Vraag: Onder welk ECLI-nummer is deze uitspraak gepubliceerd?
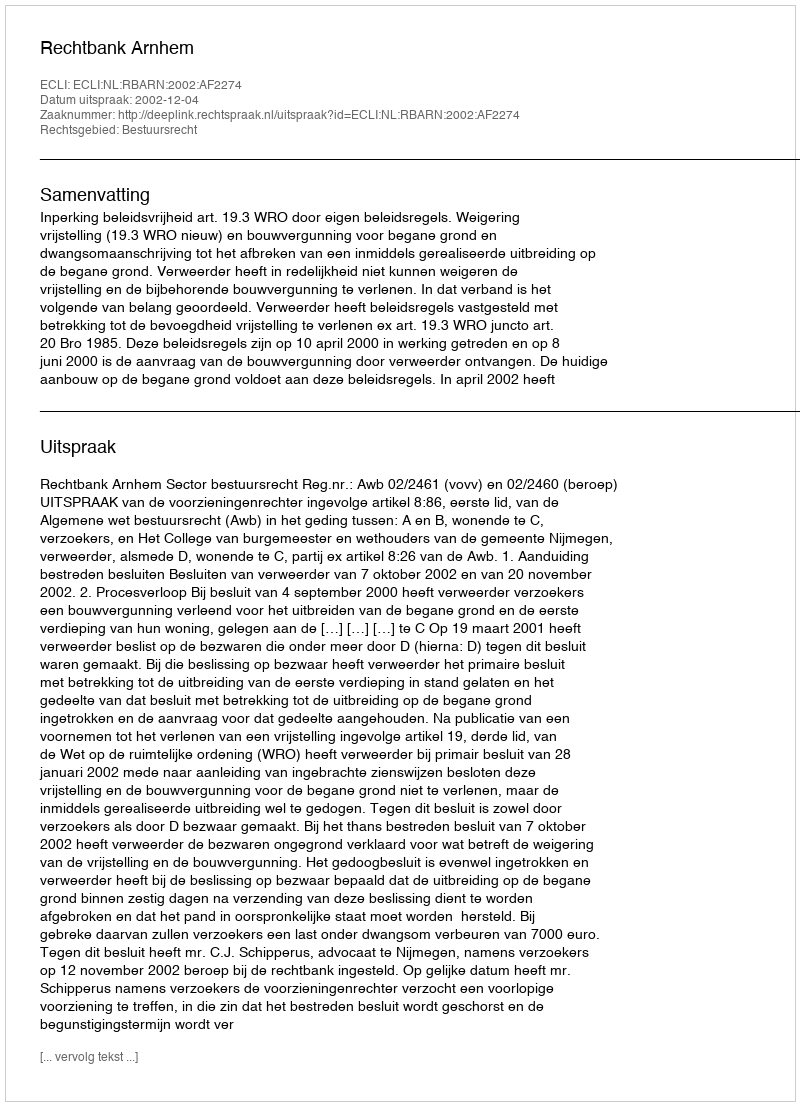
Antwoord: ECLI:NL:RBARN:2002:AF2274